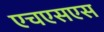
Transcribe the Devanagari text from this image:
एचएसएस